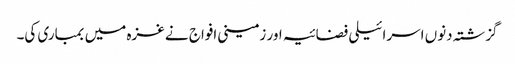
گزشتہ دنوں اسرائیلی فضائیہ اور زمینی افواج نے غزہ میں بمباری کی۔